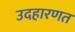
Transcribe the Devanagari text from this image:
उदहारणत